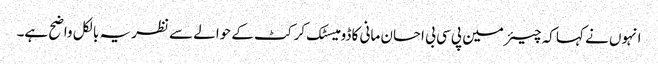
انہوں نے کہا کہ چیئرمین پی سی بی احسان مانی کا ڈومیسٹک کرکٹ کے حوالے سے نظریہ بالکل واضح ہے۔